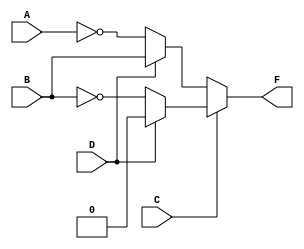
`timescale 1ns/1ps

module q3a (
    output wire F,
    input wire A, B, C, D
);

    assign #10 F =  (C==0)? ((D==0)? ~A : B) : ((D == 0)? ~B : 0);
    
endmodule